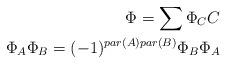
LaTeX: \begin{align*}\Phi = \sum \Phi_C C\\ \Phi_A \Phi_B = (-1)^{par(A)par(B)} \Phi_B \Phi_A\end{align*}